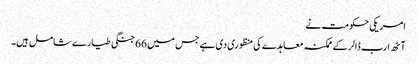
امریکی حکومت نے
آٹھ ارب ڈالر کے ممکنہ معاہدے کی منظوری دی ہے جس میں 66 جنگی طیارے شامل ہیں۔